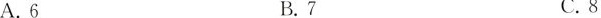
A.6 B.7 C.8